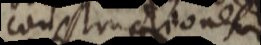
constructionem